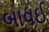
બાવઈ